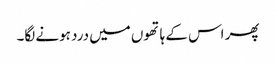
پھر اس کے ہاتھوں میں درد ہونے لگا۔